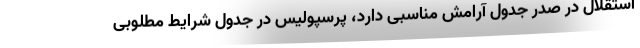
استقلال در صدر جدول آرامش مناسبی دارد، پرسپولیس در جدول شرایط مطلوبی